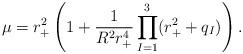
LaTeX: \begin{align*}\mu = r_+^2 \left (1+\frac{1}{R^2 r_+^4} \prod _{I=1}^3 (r_+^2 + q_I) \right).\end{align*}